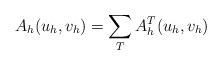
LaTeX: \begin{align*}A_{h}(u_{h},v_{h})=\sum_{T} A^{T}_{h}(u_{h},v_{h}) \end{align*}